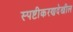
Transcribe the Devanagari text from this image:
स्पष्टीकरणदेखील